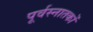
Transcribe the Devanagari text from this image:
पूर्वस्नातकों